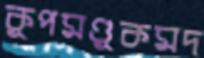
কূপমণ্ডূকমদ